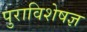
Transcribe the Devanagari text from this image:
पुराविशेषज्ञ